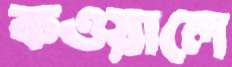
কওয়ালে